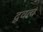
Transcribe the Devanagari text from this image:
द्ववत्व